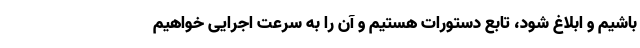
باشیم و ابلاغ شود، تابع دستورات هستیم و آن را به سرعت اجرایی خواهیم